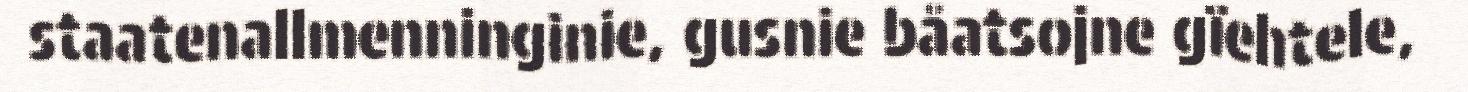
staatenallmenninginie, gusnie båatsojne gïehtele,